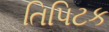
તિપિટક